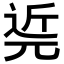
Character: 𨓢